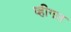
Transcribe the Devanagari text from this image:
व्हीगल